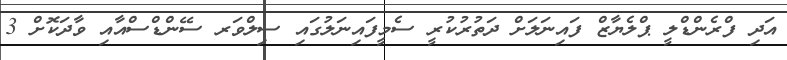
އަދި ފްރެންޑްލީ ޕްލެޔާޒް ފައިނަލަށް ދަތުރުކުރީ ސެމީފައިނަލުގައި ސިލްވަރ ސޭންޑްސްއާއި ވާދަކޮށް 3